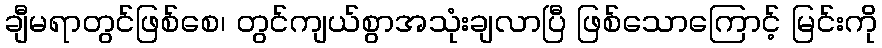
ချီမရာတွင်ဖြစ်စေ၊ တွင်ကျယ်စွာအသုံးချလာပြီ ဖြစ်သောကြောင့် မြင်းကို